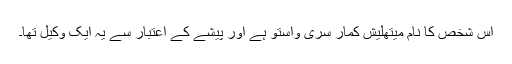
اس شخص کا نام میتھلیش کمار سری واستو ہے اور پیشے کے اعتبار سے یہ ایک وکیل تھا۔